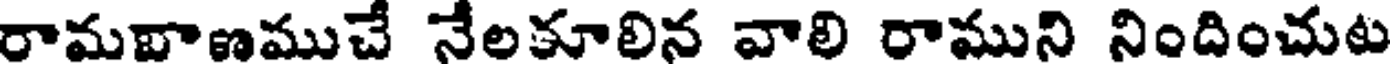
రామవాణముచే నేలకూలిన వాలి రాముని నిందించుట